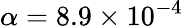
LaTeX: \alpha=8.9\times 10^{-4}